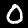
Digit: 0